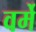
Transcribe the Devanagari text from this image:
वर्मे